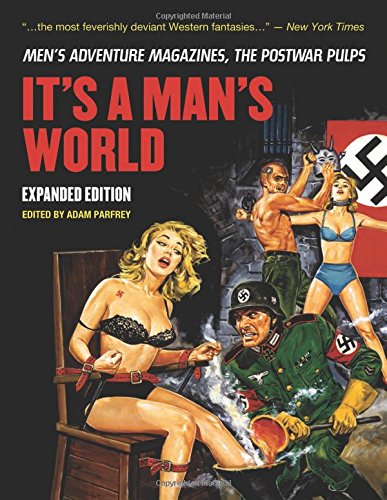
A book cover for It's A Man's World: Men's Adventure Magazines, The Postwar Pulps, Expanded Edition; Crafts, Hobbies & Home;